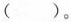
()。